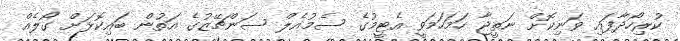
ކުރިހޯދާފައި ވަނިކޮށް ނަތީޖާ ހަމަހަމަވީ އެޓީމުގެ ސެމުއެލް ސަންޗޭޒުގެ އަތުން ބައިކޮޅަށް ގޯލެއް